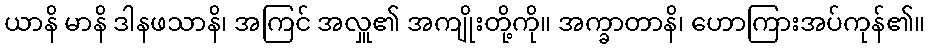
ယာနိ မာနိ ဒါနဖသာနိ၊ အကြင် အလှူ၏ အကျိုးတို့ကို။ အက္ခာတာနိ၊ ဟောကြားအပ်ကုန်၏။